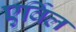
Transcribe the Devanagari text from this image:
एर्विल